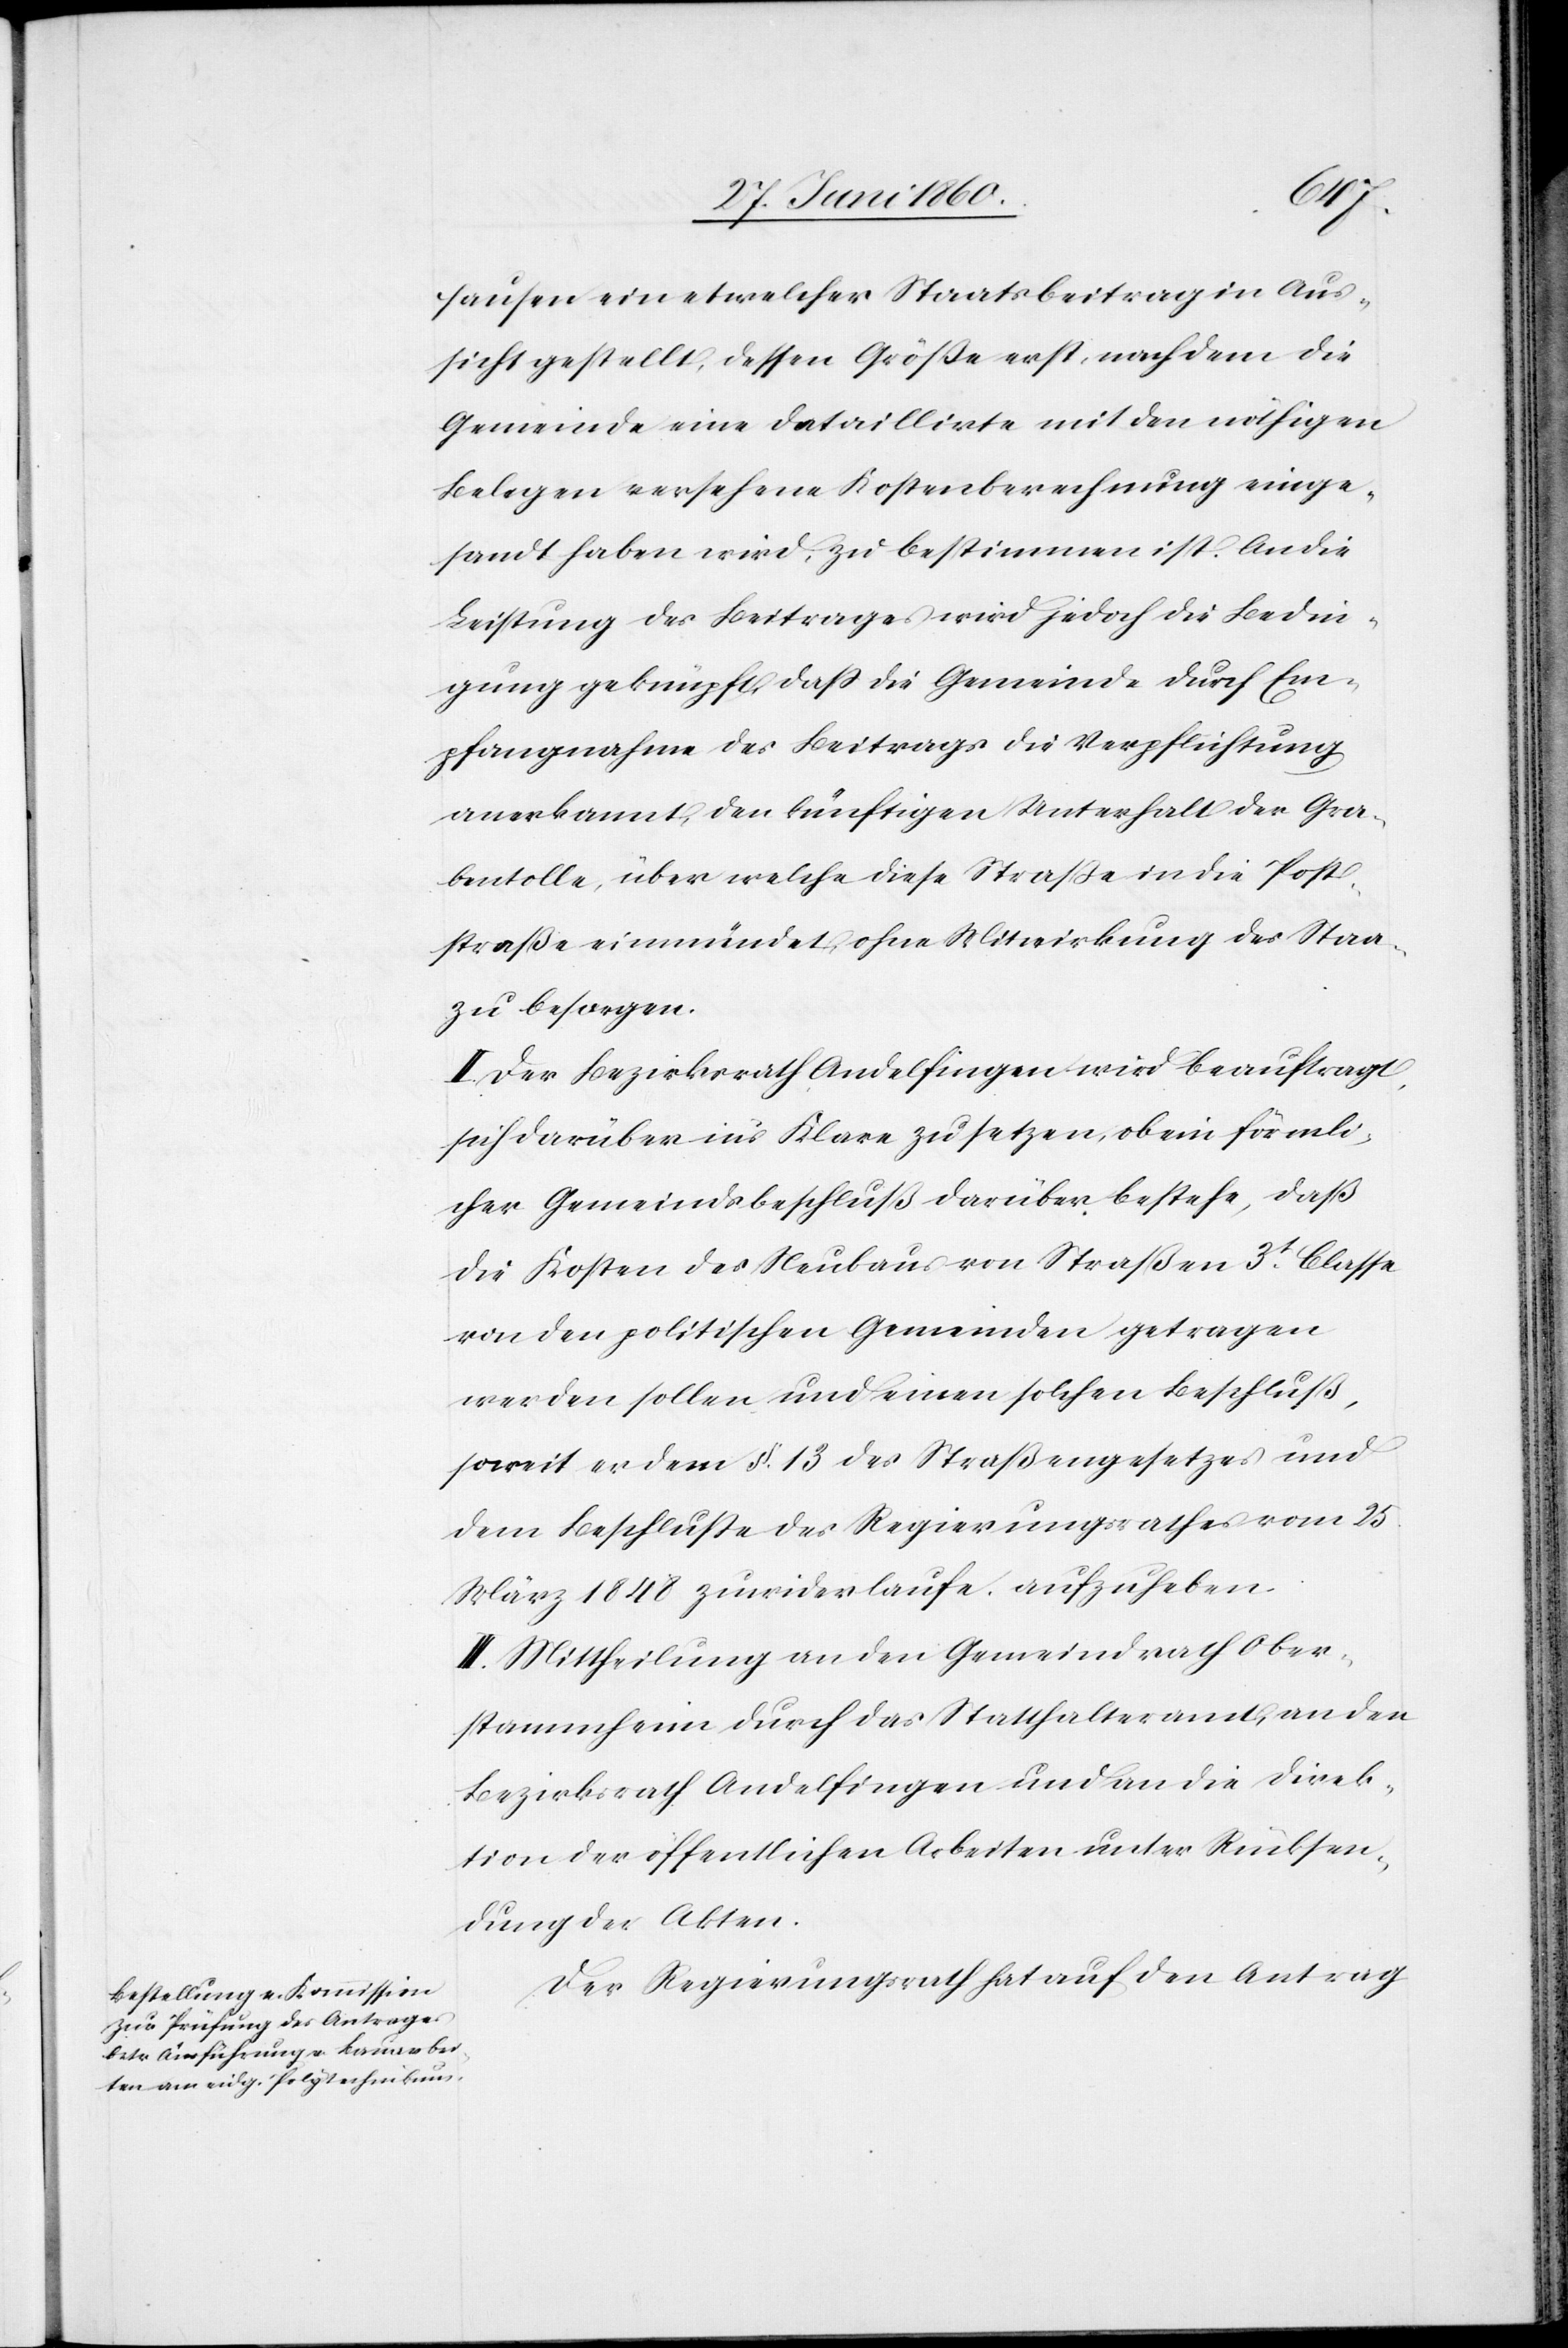
hausen ein etwelcher Staatsbeitrag in Aus¬
sicht gestellt, dessen Grösse erst, nachdem die
Gemeinde eine detaillirte mit den nöthigen
Belegen versehene Kostenberechnung einge¬
sandt haben wird, zu bestimmen ist. An die
Leistung des Beitrages wird jedoch die Bedin¬
gung geknüpft, dass die Gemeinde durch Em¬
pfangsnahme des Beitrages die Verpflichtung
anerkannt, den künftigen Unterhalt der Gra¬
bentolle, über welche diese Straße in die Post¬
straße einmündet, ohne Mitwirkung des Staa[tes]
zu besorgen.
II. Der Bezirksrath Andelfingen wird beauftragt,
sich darüber in’s Klare zu setzen, ob ein förmli¬
cher Gemeindsbeschluß darüber bestehe, daß
die Kosten des Neubaus von Straßen 3t Classe
von den politischen Gemeinden getragen
werden sollen und einen solchen Beschluß,
soweit er dem §. 13 des Straßengesetzes und
dem Beschlusse des Regierungsrathes vom 25.
März 1848 zuwiderlaufe, aufzuheben.
III. Mittheilung an den Gemeindrath Ober¬
stammheim durch das Statthalteramt, an den
Bezirksrath Andelfingen und an die Direk¬
tion der öffentlichen Arbeiten unter Rücksen¬
dung der Akten.
Der Regierungsrath hat auf den Antrag